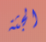
الجثة